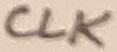
Text: CLK